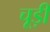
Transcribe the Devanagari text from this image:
चूड़ीं